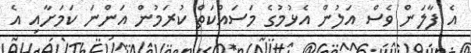
އެ ފާލަން ވެސް އަލުން އެޅުމުގެ މަސައްކަތް ކުރަމުން އަންނަ ކަމަށާއި އެ